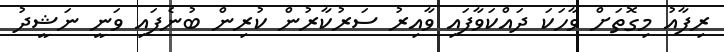
ރިފާއު މިގޮތަށް ވާހަކަ ދައްކަވާފައި ވާއިރު ސަރުކާރުން ކުރިން ބުނެފައި ވަނީ ނަޝީދު